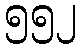
၅၅၂